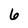
Character: 6